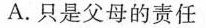
A.只是父母的责任